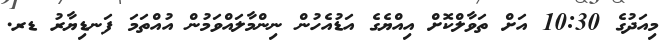
މިއަދުގެ 10:30 އަށް ތަވާލްކޮށް އިއްޔެގެ އަޑުއެހުން ނިންމާލައްވަމުން އުއްތަމަ ފަނޑިޔާރު ޑރ.